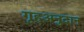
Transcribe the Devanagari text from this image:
गृहअनुदान